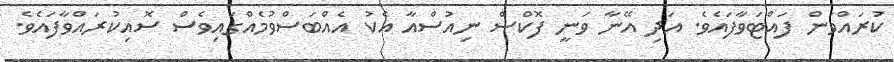
ކުރައްވަން ފައްޓަވާފައެވެ. އަދި އޭނާ ވަނީ ފޮކްސް ނިއުސްއާ އެކު އެއްބަސްވުމެއްގައިވެސް ސޮއިކުރައްވާފައެވެ.